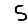
Digit: 5